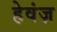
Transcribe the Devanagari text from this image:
हेवंज़